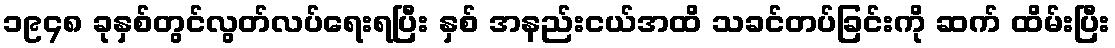
၁၉၄၈ ခုနှစ်တွင်လွတ်လပ်ရေးရပြီး နှစ် အနည်းငယ်အထိ သခင်တပ်ခြင်းကို ဆက် ထိမ်းပြီး